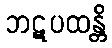
ဘဋပထန္တိ